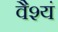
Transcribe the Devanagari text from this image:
वैश्यं